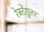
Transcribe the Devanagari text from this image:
रेक्टेंगुलर